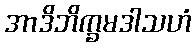
အာဒိဘိက္ခမဒါသဟံ